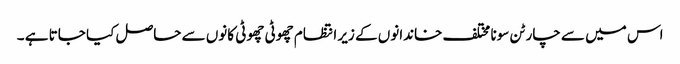
اس میں سے چار ٹن سونا مختلف خاندانوں کے زیر انتظام چھوٹی چھوٹی کانوں سے حاصل کیا جاتا ہے ۔